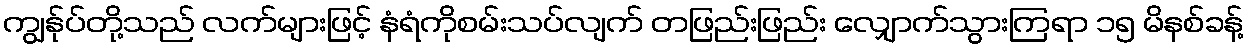
ကျွန်ုပ်တို့သည် လက်များဖြင့် နံရံကိုစမ်းသပ်လျက် တဖြည်းဖြည်း လျှောက်သွားကြရာ ၁၅ မိနစ်ခန့်